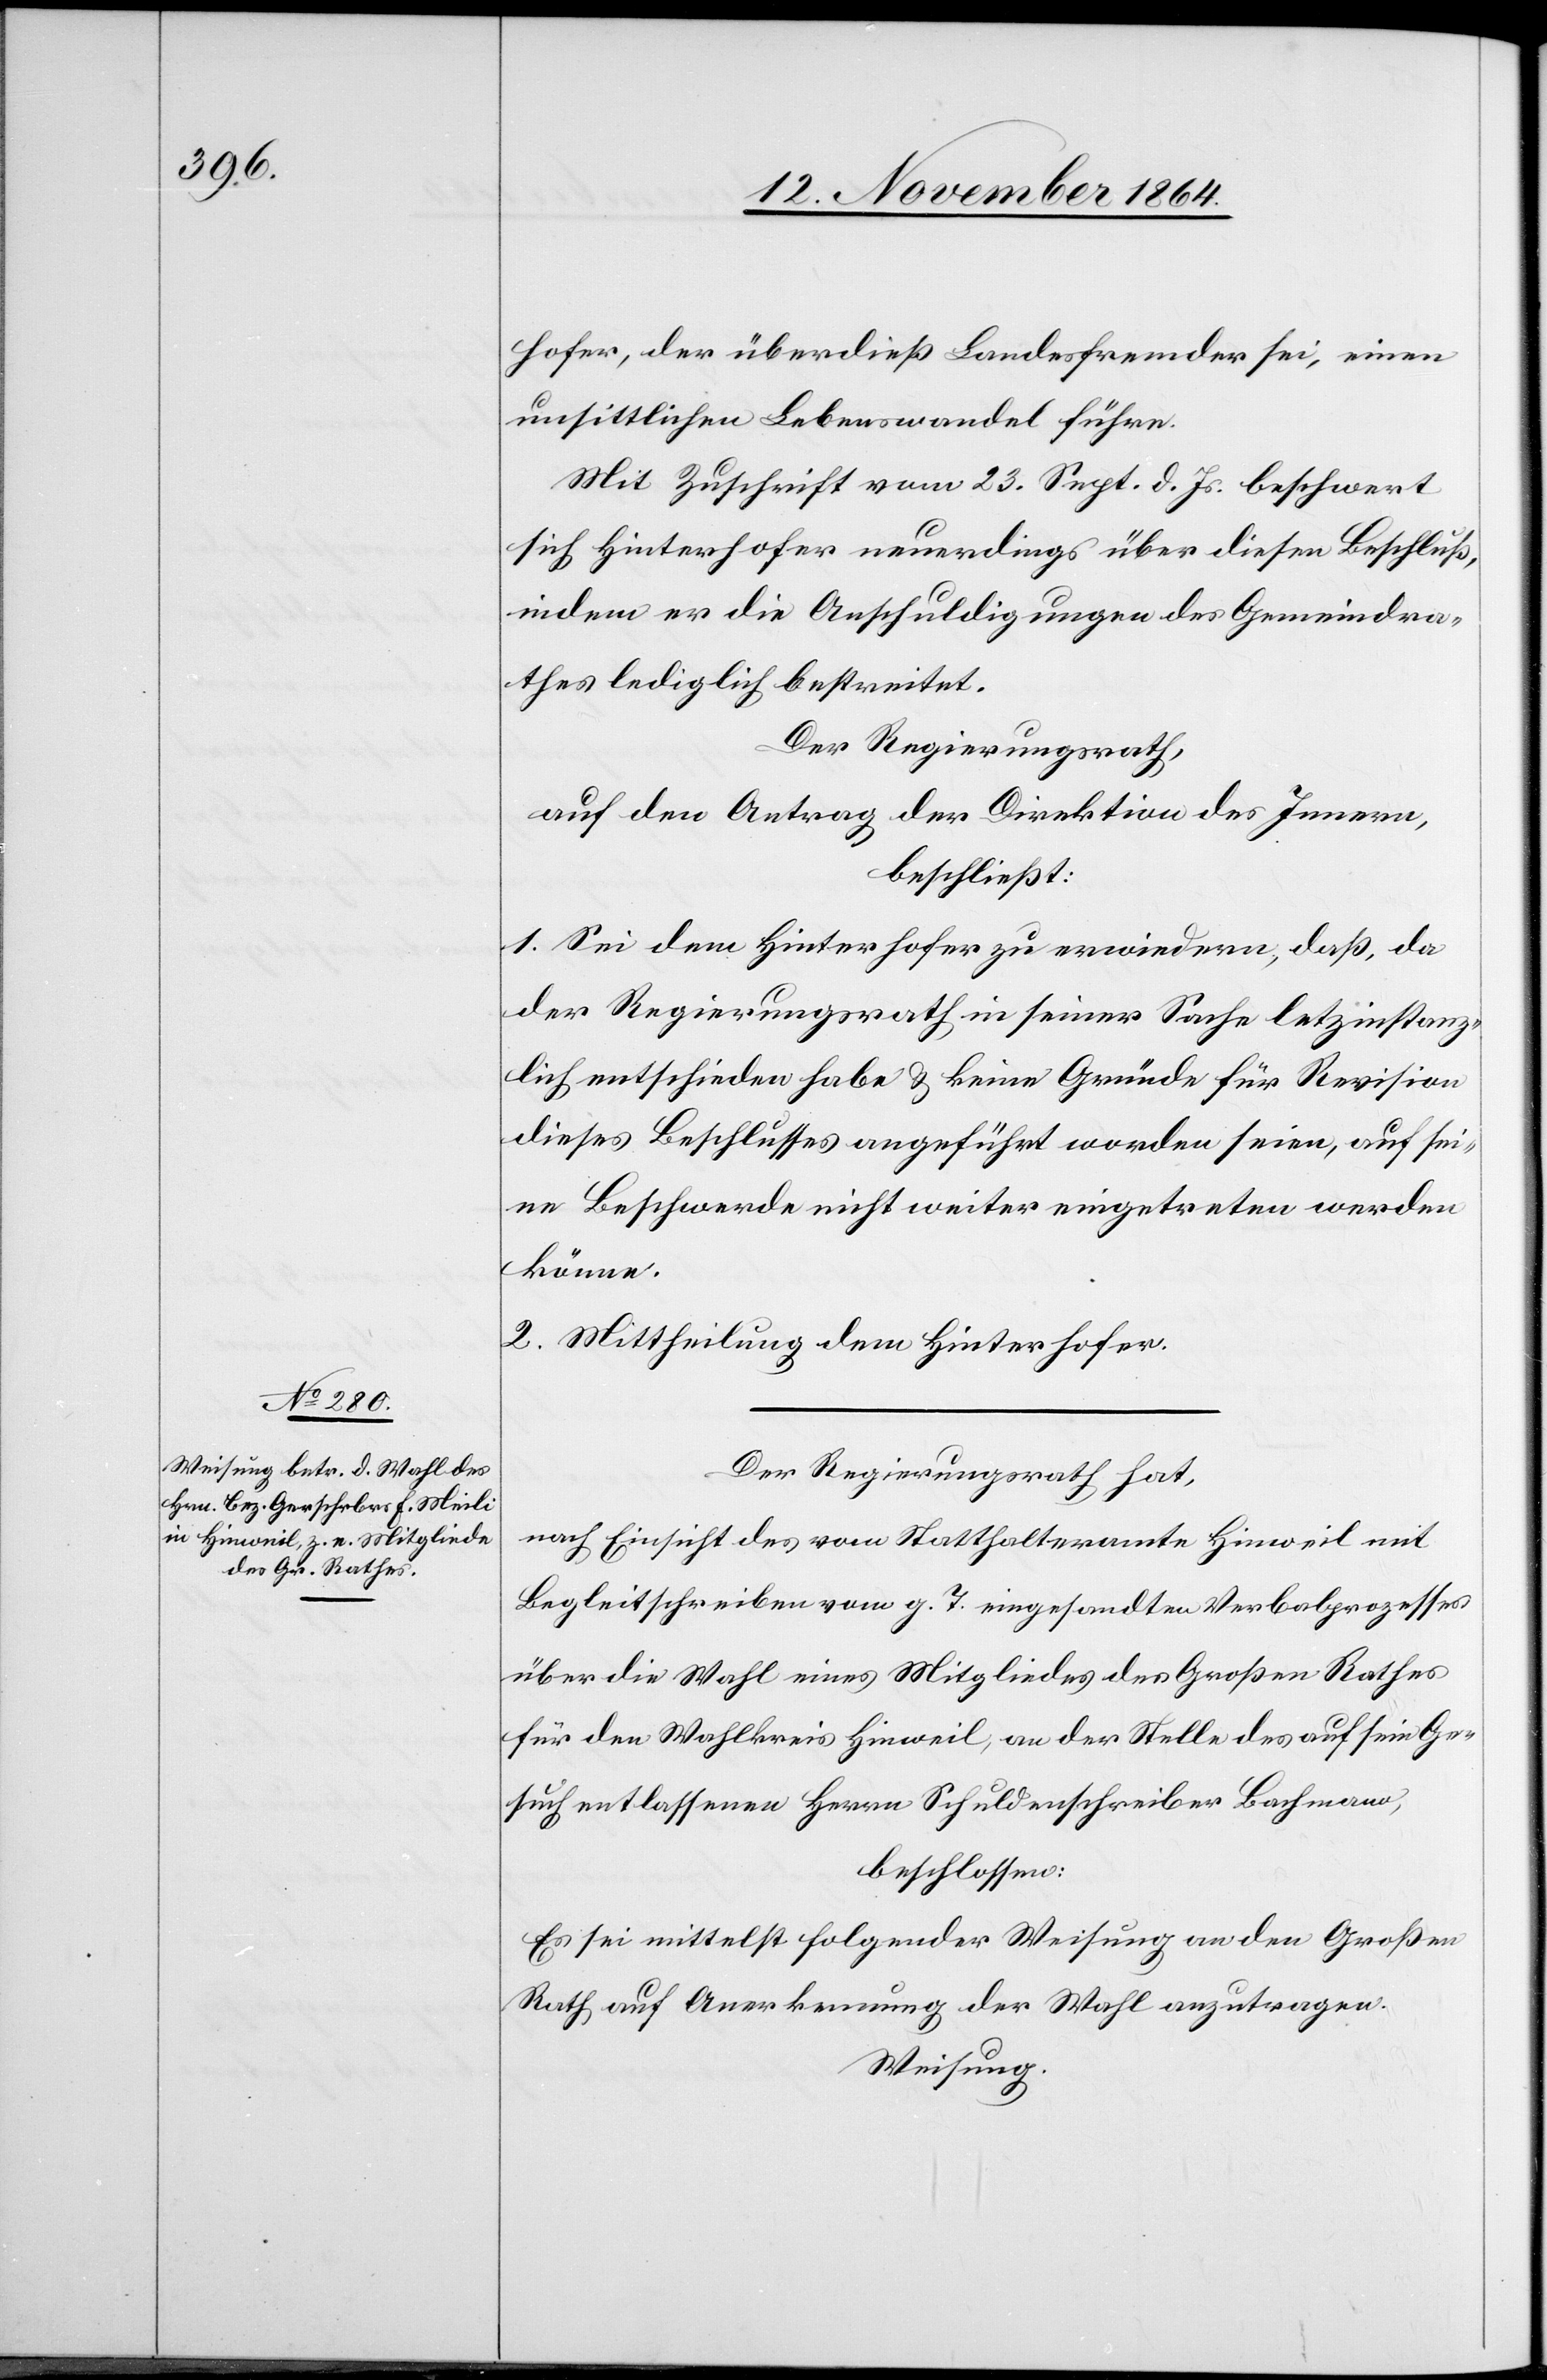
hofer, der überdieß Landesfremder sei, einen
unsittlichen Lebenswandel führe.
Mit Zuschrift vom 23. Sept. d. Js. beschwert
sich Hinterhofer neuerdings über diesen Beschluß,
indem er die Anschuldigungen des Gemeindra¬
thes lediglich bestreitet.
Der Regierungsrath,
auf den Antrag der Direktion des Innern,
beschließt:
1. Sei dem Hinterhofer zu erwiedern, daß, da
der Regierungsrath in seiner Sache letztinstanz¬
lich entschieden habe & keine Gründe für Revision
dieses Beschlusses angeführt worden seien, auf sei¬
ne Beschwerde nicht weiter eingetreten werden
könne.
2. Mittheilung dem Hinterhofer.
Der Regierungsrath hat,
nach Einsicht des vom Statthalteramte Hinweil mit
Begleitschreiben vom g. T. eingesandten Verbalprozesses
über die Wahl eines Mitgliedes des Großen Rathes
für den Wahlkreis Hinweil, an der Stelle des auf sein Ge¬
such entlassenen Herrn Schuldenschreiber Bachmann,
beschlossen:
Es sei mittelst folgender Weisung an den Großen
Rath auf Anerkennung der Wahl anzutragen.
Weisung.